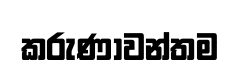
කරුණාවන්තම